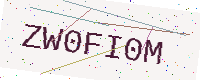
Text: ZW0FI0M